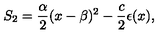
S _ { 2 } = \frac { \alpha } { 2 } ( x - \beta ) ^ { 2 } - \frac { c } { 2 } \epsilon ( x ) ,